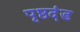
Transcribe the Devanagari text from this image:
पृष्ठदंड